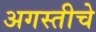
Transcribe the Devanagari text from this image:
अगस्तीचे